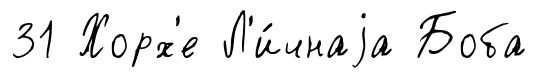
31 Хорх'е Л'и́чнаjа Боба